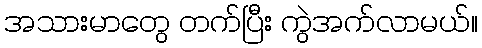
အသားမာတွေ တက်ပြီး ကွဲအက်လာမယ်။